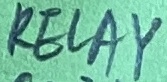
Text: RELAY